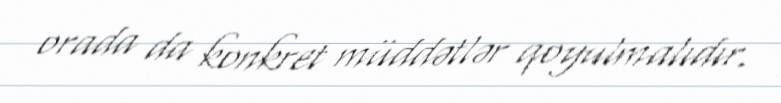
orada da konkret müddətlər qoyulmalıdır.